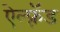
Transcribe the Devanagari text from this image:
ऐल्फ़्रॅड